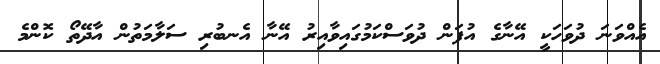
އެއްވަނަ ދުވަހަކީ އޭނާގެ އުފަން ދުވަސްކަމުގައިވާއިރު އޭނާ އެނބުރި ސަލާމަތުން އާދޭތޯ ކޮންމެ